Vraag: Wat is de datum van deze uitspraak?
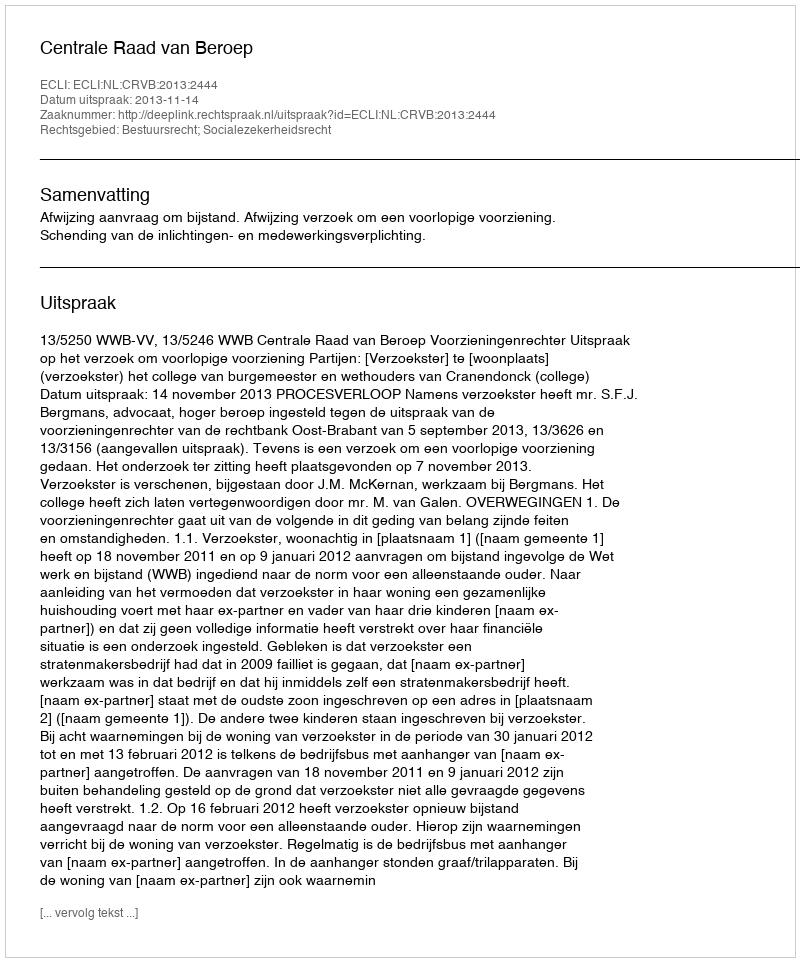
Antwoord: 2013-11-14